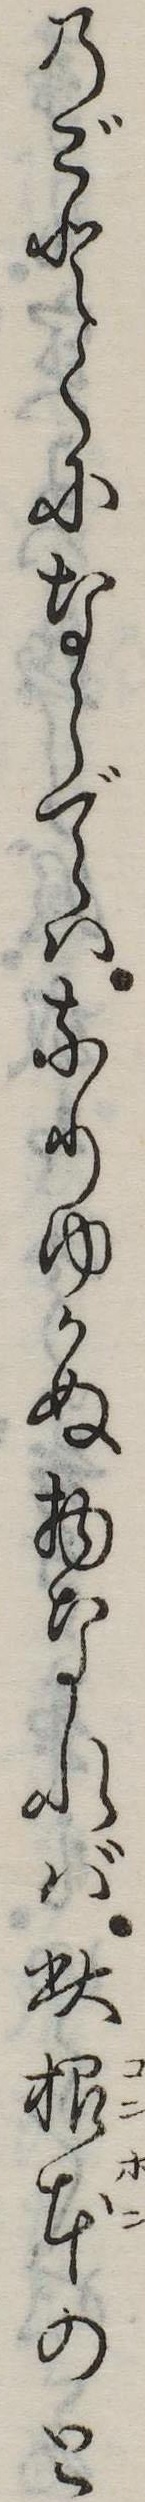
のごとくにならではなりゆかぬ物なれば此根本のと